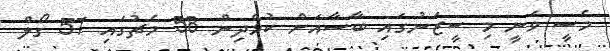
މެސީ ވަނީ މި ސީޒަނުގައި ބާސާއަށް ކުޅެދިން 58 މެޗުގައި 57 ގޯލް